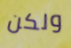
ولكن